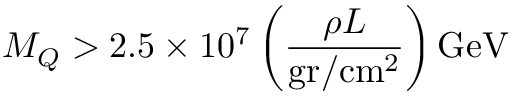
M _ { Q } > 2 . 5 \times 1 0 ^ { 7 } \left( \frac { \rho L } { \mathrm { g r / c m ^ { 2 } } } \right) \mathrm { G e V }